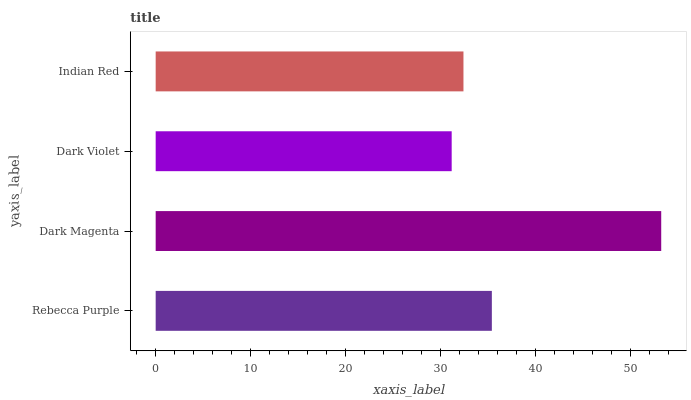
| yaxis_label | bars |
 | --- | --- |
 | Rebecca Purple | 35.4 |
 | Dark Magenta | 53.2 |
 | Dark Violet | 31.2 |
 | Indian Red | 32.4 |